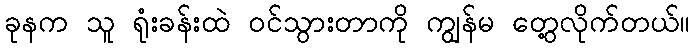
ခုနက သူ ရုံးခန်းထဲ ဝင်သွားတာကို ကျွန်မ တွေ့လိုက်တယ်။